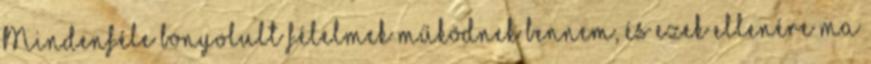
Mindenféle bonyolult félelmek működnek bennem, és ezek ellenére ma